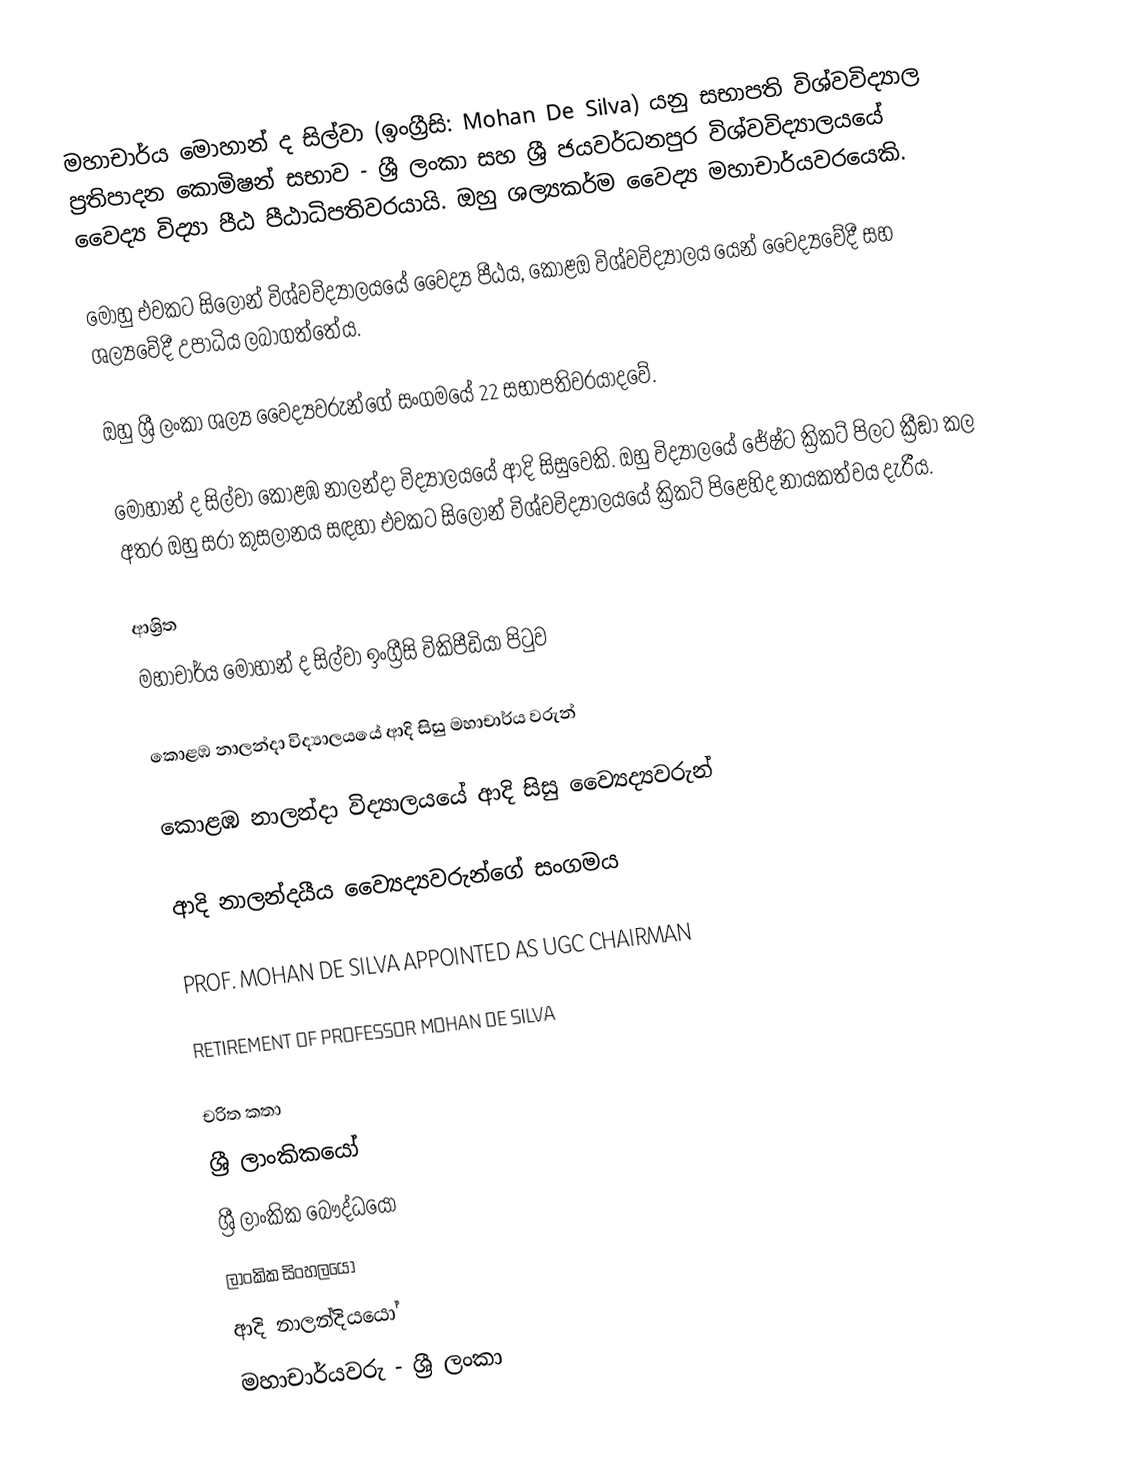
මහාචාර්ය මොහාන් ද සිල්වා  (ඉංග්‍රීසි: Mohan De Silva) යනු සභාපති විශ්වවිද්‍යාල ප්‍රතිපාදන කොමිෂන් සභාව - ශ්‍රී ලංකා සහ ශ්‍රී ජයවර්ධනපුර විශ්වවිද්‍යාලයයේ වෛද්‍ය විද්‍යා පීඨ පීඨාධිපතිවරයායි.  ඔහු ශල්‍යකර්ම වෛද්‍ය මහාචාර්යවරයෙකි.

මොහු එවකට සිලෝන් විශ්වවිද්‍යාලයයේ වෛද්‍ය පීඨය, කොළඔ විශ්වවිද්‍යාලය යෙන් වෛද්‍යවේදී සහ ශල්‍යවේදී උපාධිය ලබාගත්තේය.

ඔහු ශ්‍රී ලංකා ශල්‍ය වෛද්‍යවරුන්ගේ සංගමයේ 22 සභාපතිවරයාදවේ.

මොහාන් ද සිල්වා  කොළඹ නාලන්දා විද්‍යාලයයේ ආදි සිසුවෙකි. ඔහු විද්‍යාලයේ ජේෂ්ට ක්‍රිකට් පිලට ක්‍රීඞා කල අතර ඔහු සරා කුසලානය සඳහා එවකට සිලෝන් විශ්වවිද්‍යාලයයේ ක්‍රිකට් පිළෙහිද නායකත්වය දැරීය.

ආශ්‍රිත
  මහාචාර්ය මොහාන් ද සිල්වා ඉංග්‍රීසි විකිපීඩියා පිටුව

 කොළඹ නාලන්දා විද්‍යාලයයේ ආදි සිසු මහාචාර්ය වරුන්

 කොළඹ නාලන්දා විද්‍යාලයයේ ආදි සිසු ව්‍යෛද්‍යවරුන්

 ආදි නාලන්දයීය ව්‍යෛද්‍යවරුන්ගේ සංගමය

 PROF. MOHAN DE SILVA APPOINTED AS UGC CHAIRMAN

 RETIREMENT OF PROFESSOR MOHAN DE SILVA

චරිත කතා
ශ්‍රී ලාංකිකයෝ
ශ්‍රී ලාංකික බෞද්ධයෝ
ලාංකික සිංහලයෝ
ආදි නාලන්දියයෝ
මහාචාර්යවරු - ශ්‍රී ලංකා